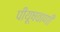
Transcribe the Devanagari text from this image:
पीयूषवाणी